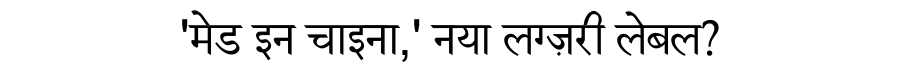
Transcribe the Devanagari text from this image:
'मेड इन चाइना,' नया लग्ज़री लेबल?